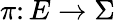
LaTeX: \pi\colon E\rightarrow\Sigma